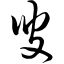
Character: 叟